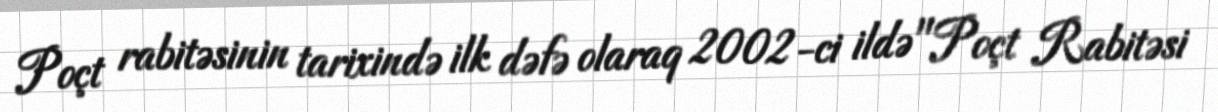
Poçt rabitəsinin tarixində ilk dəfə olaraq 2002-ci ildə "Poçt Rabitəsi